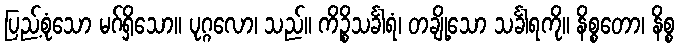
ပြည့်စုံသော မဂ်ရှိသော။ ပုဂ္ဂလော၊ သည်။ ကိဉ္စိသင်္ခါရံ၊ တချို့သော သင်္ခါရကို။ နိစ္စတော၊ နိစ္စ